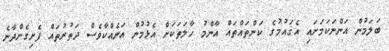
ބަލަމުން އަންނަކަމަށައި އެޤައުމުގެ ކަންތައްތައް އާންމު ހާލަތަކަށް އެޅުމުން އަނެއްކާވެސް ދަތުރުތައް ފެށިގެންދާނެ